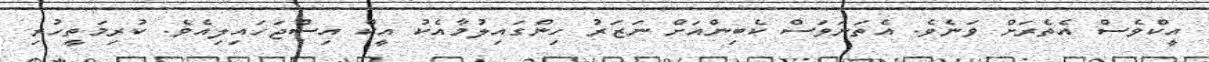
އީކްވެސް އެތެރަށް ވަނެވެ. އެތަނަވަސް ކެބިންއަށް ނަޒަރު ހިންގައިލުމާއެކު އީކް އިސްޖަހައިލިއެވެ. ކުރިމަތީހުރި